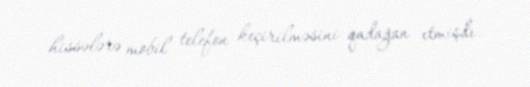
hissələrə mobil telefon keçirilməsini qadağan etmişdi.